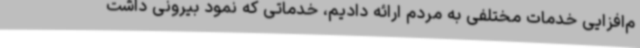
م‌افزایی خدمات مختلفی به مردم ارائه دادیم، خدماتی که نمود بیرونی داشت